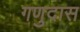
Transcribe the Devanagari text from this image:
गणुदास